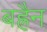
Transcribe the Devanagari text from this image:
बह्रैन